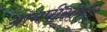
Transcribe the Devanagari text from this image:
आयपीसीसी